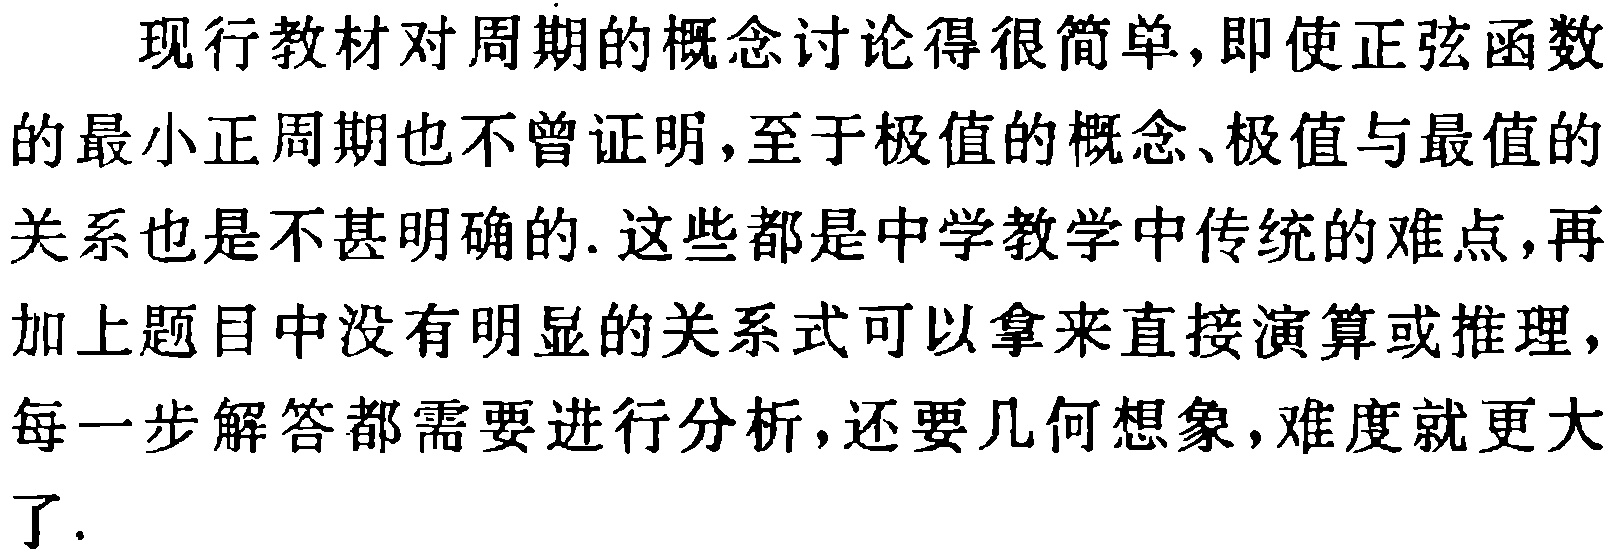
现行教材对周期的概念讨论得很简单,即使正弦函数的最小正周期也不曾证明,至于极值的概念、极值与最值的关系也是不甚明确的.这些都是中学教学中传统的难点,再加上题目中没有明显的关系式可以拿来直接演算或推理,每一步解答都需要进行分析,还要几何想象,难度就更大了.